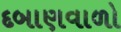
દબાણવાળો